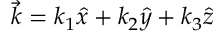
\vec { k } = k _ { 1 } \hat { x } + k _ { 2 } \hat { y } + k _ { 3 } \hat { z }